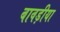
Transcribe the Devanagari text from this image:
बावड़ीया